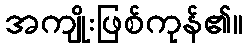
အကျိုးဖြစ်ကုန်၏။